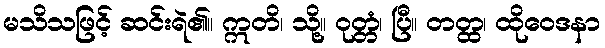
မသိသဖြင့် ဆင်းရဲ၏။ ဣတိ၊ သို့။ ဝုတ္တံ၊ ပြီ။ တတ္ထ၊ ထိုဝေဒနာ